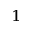
^ 1